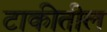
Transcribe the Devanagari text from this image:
टाकीतील